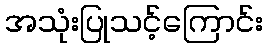
အသုံးပြုသင့်ကြောင်း